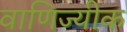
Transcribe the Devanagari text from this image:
वाणिज्यीक